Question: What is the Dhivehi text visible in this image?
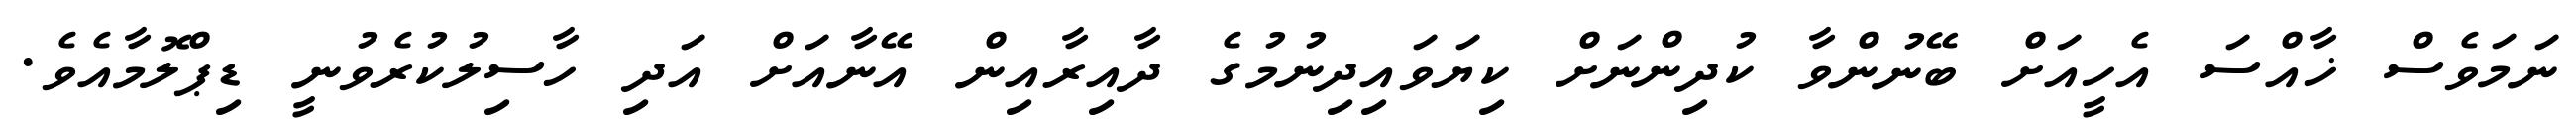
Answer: ނަމަވެސް ޚާއްސަ އެހީއަށް ބޭނުންވާ ކުދިންނަށް ކިޔަވައިދިނުމުގެ ދާއިރާއިން އޭނާއަށް އަދި ހާސިލުކުރެވުނީ ޑިޕްލޮމާއެވެ.